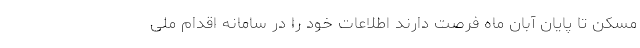
مسکن تا پایان آبان ماه فرصت دارند اطلاعات خود را در سامانه اقدام ملی